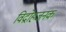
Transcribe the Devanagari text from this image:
विद्रोहजनक